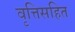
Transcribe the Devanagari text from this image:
वृत्तिसहित